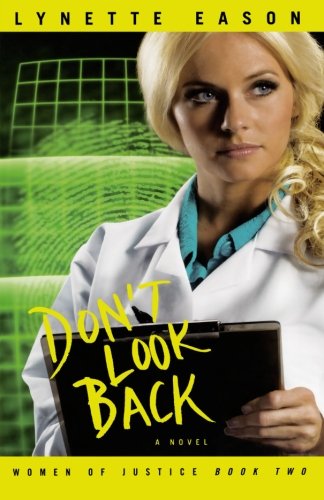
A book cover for Don't Look Back (Women of Justice Series #2); Lynette Eason; Romance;